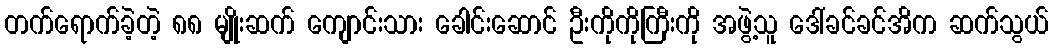
တက်ရောက်ခဲ့တဲ့ ၈၈ မျိုးဆက် ကျောင်းသား ခေါင်းဆောင် ဦးကိုကိုကြီးကို အဖွဲ့သူ ဒေါ်ခင်ခင်အိက ဆက်သွယ်